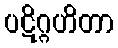
ပဋိဂ္ဂဟိတာ